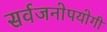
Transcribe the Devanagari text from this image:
सर्वजनाेपयाेगी